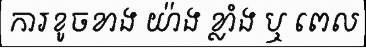
ការខូចខាង យ៉ាង ខ្លាំង ឬ ពេល